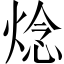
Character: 焾